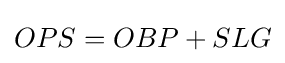
OPS=OBP+SLG